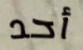
أحد